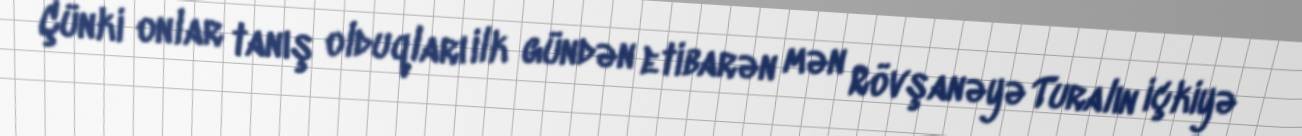
Çünki onlar tanış olduqları ilk gündən etibarən mən Rövşanəyə Turalın içkiyə